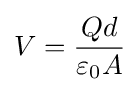
V={Qd \over \varepsilon _{0}A}